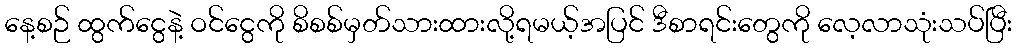
နေ့စဉ် ထွက်ငွေနဲ့ ဝင်ငွေကို စိစစ်မှတ်သားထားလို့ရမယ့်အပြင် ဒီစာရင်းတွေကို လေ့လာသုံးသပ်ပြီး